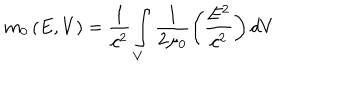
LaTeX: m _ { 0 } \left( E , V \right) = \frac { 1 } { c ^ { 2 } } \int _ { V } \frac { 1 } { 2 \mu _ { 0 } } \left( \frac { E ^ { 2 } } { c ^ { 2 } } \right) d V